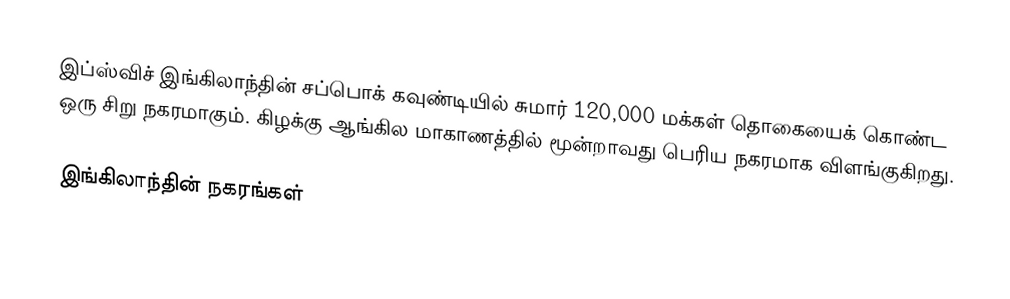
இப்ஸ்விச் இங்கிலாந்தின் சப்பொக் கவுண்டியில் சுமார் 120,000 மக்கள் தொகையைக் கொண்ட ஒரு சிறு நகரமாகும். கிழக்கு ஆங்கில மாகாணத்தில் மூன்றாவது பெரிய நகரமாக விளங்குகிறது.

இங்கிலாந்தின் நகரங்கள்